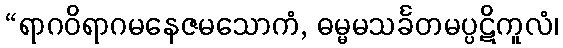
“ရာဂဝိရာဂမနေဇမသောကံ, ဓမ္မမသင်္ခတမပ္ပဋိကူလံ၊